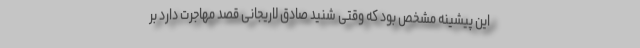
این پیشینه مشخص بود که وقتی شنید صادق لاریجانی قصد مهاجرت دارد بر